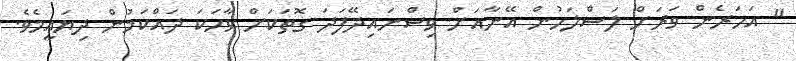
" އަހަރެން ވަރަށް ލަސްލަހުން އޭނާއަށް ވިސްނައިދޭފަދަ ގޮތަކަށް ވާހަކަ ދައްކަމުން ދިޔައީމެވެ.